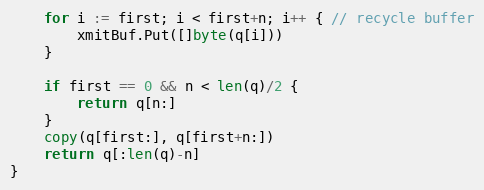
Language: Go
	for i := first; i < first+n; i++ { // recycle buffer
		xmitBuf.Put([]byte(q[i]))
	}

	if first == 0 && n < len(q)/2 {
		return q[n:]
	}
	copy(q[first:], q[first+n:])
	return q[:len(q)-n]
}